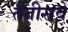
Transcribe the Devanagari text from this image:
तैतीसवें